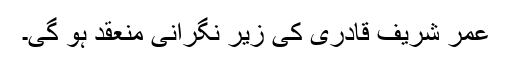
عمر شریف قادری کی زیر نگرانی منعقد ہو گی۔